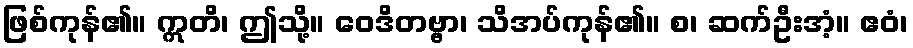
ဖြစ်ကုန်၏။ ဣတိ၊ ဤသို့။ ဝေဒိတဗ္ဗာ၊ သိအပ်ကုန်၏။ စ၊ ဆက်ဦးအံ့။ ဧဝံ၊